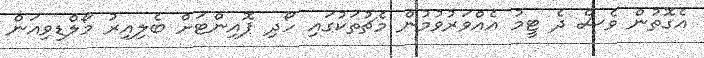
އެގޮތުން ވެސް ދެ ޓީމު އެއްވަރުވުމުން މެޗުތަކުގައި ހޯދި ޕޮއިންޓަށް ބެލިއިރު މޯލްޑިވިއަން